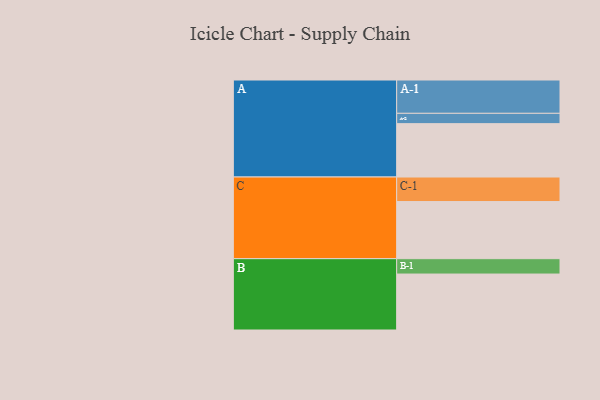
{"axis": {"x": "Segment", "y": "Value"}, "legend": ["", "A", "B", "C"], "data": [{"x": "A", "y": 455, "type": ""}, {"x": "B", "y": 477, "type": ""}, {"x": "C", "y": 487, "type": ""}, {"x": "A-1", "y": 284, "type": "A"}, {"x": "A-2", "y": 88, "type": "A"}, {"x": "B-1", "y": 131, "type": "B"}, {"x": "C-1", "y": 209, "type": "C"}]}